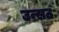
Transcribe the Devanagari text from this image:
उन्सठ